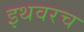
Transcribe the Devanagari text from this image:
इथवरच